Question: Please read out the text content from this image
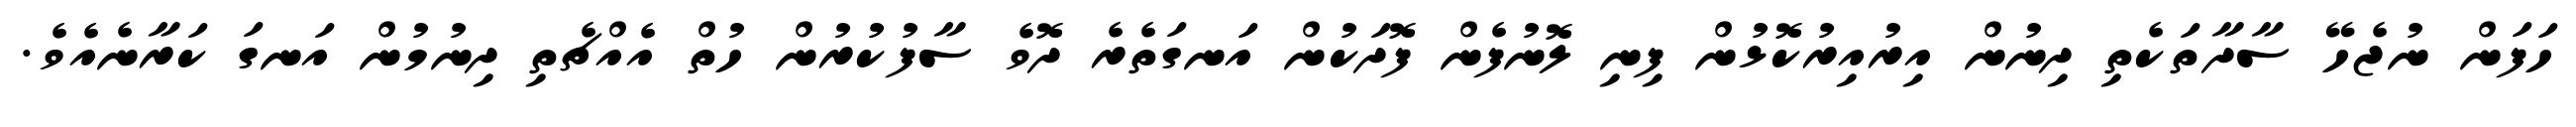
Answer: ހަފަން ނުޖެހޭ ސާދާތަކެތި ދިނުން އިރުއިރުކޮޅުން ފިނި ލޮނުފެން ފޮދަކުން އަނގަތެރެ ދޮވެ ސާފުކުރުން ހުތް އެއްޗެތި ދިނުމުން އަނގަ ކަރާނެއެވެ.